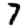
Digit: 7